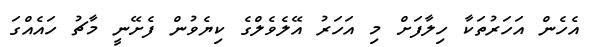
އެހެން އަހަރުތަކާ ހިލާފަށް މި އަހަރު އޭލެވެލްގެ ކިޔެވުން ފެށޭނީ މާޗު ހައެއްގަ